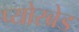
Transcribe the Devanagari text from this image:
प्योरब्रेड